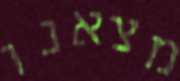
מצאנו